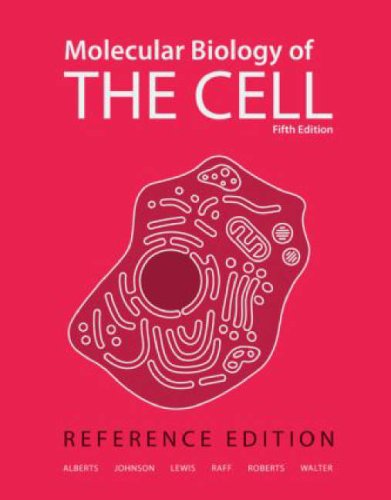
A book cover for Molecular Biology of the Cell: Reference Edition; Bruce Alberts; Medical Books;